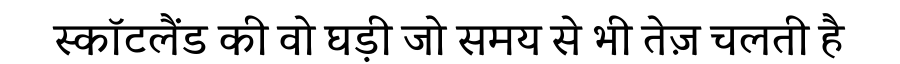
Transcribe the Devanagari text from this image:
स्कॉटलैंड की वो घड़ी जो समय से भी तेज़ चलती है